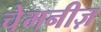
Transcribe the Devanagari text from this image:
चेमनीज़